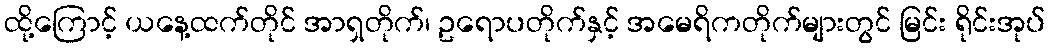
ထို့ကြောင့် ယနေ့ထက်တိုင် အာရှတိုက်၊ ဥရောပတိုက်နှင့် အမေရိကတိုက်များတွင် မြင်း ရိုင်းအုပ်